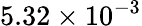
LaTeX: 5.32\times 10^{-3}